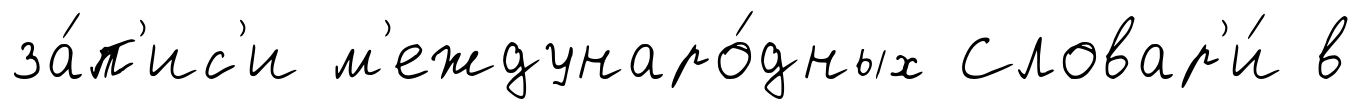
за́п'ис'и м'еждунаро́дных Словар'и́ в